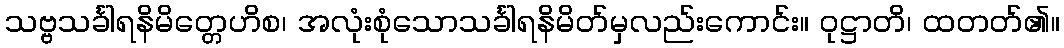
သဗ္ဗသင်္ခါရနိမိတ္တေဟိစ၊ အလုံးစုံသောသင်္ခါရနိမိတ်မှလည်းကောင်း။ ဝုဋ္ဌာတိ၊ ထတတ်၏။